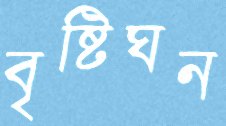
বৃষ্টিঘন